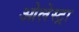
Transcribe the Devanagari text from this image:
ओलेस्ट्रा